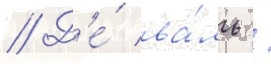
// Д'е́ ва́ль /